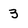
Character: 3